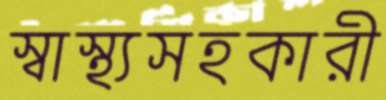
স্বাস্থ্যসহকারী